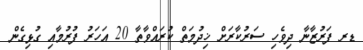
ޑރ ފަރުޒާނާ ދިވެހި ސަރުކާރަށް ޚިދުމަތް ކުރައްވާތާ 20 އަހަރު ފުރުމާއި ގުޅިގެން